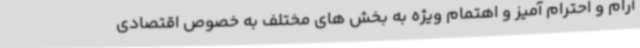
آرام و احترام آمیز و اهتمام ویژه به بخش های مختلف به خصوص اقتصادی